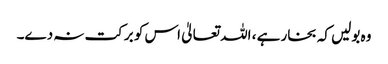
وہ بولیں کہ بخار ہے ، اللہ تعالیٰ اس کو برکت نہ دے۔